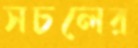
সচলের